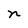
Character: n